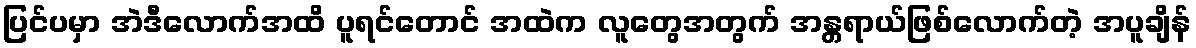
ပြင်ပမှာ အဲဒီလောက်အထိ ပူရင်တောင် အထဲက လူတွေအတွက် အန္တ္တရာယ်ဖြစ်လောက်တဲ့ အပူချိန်